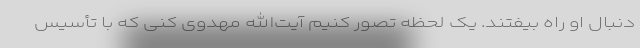
دنبال او راه بیفتند. یک لحظه تصور کنیم آیت‌الله مهدوی کنی که با تأسیس